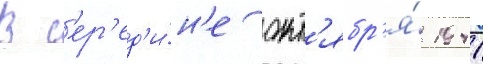
В с'ер'ед'и́н'е окт'ябр'я́ 1941